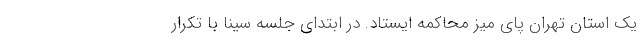
یک استان تهران پای میز محاکمه ایستاد. در ابتدای جلسه سینا با تکرار